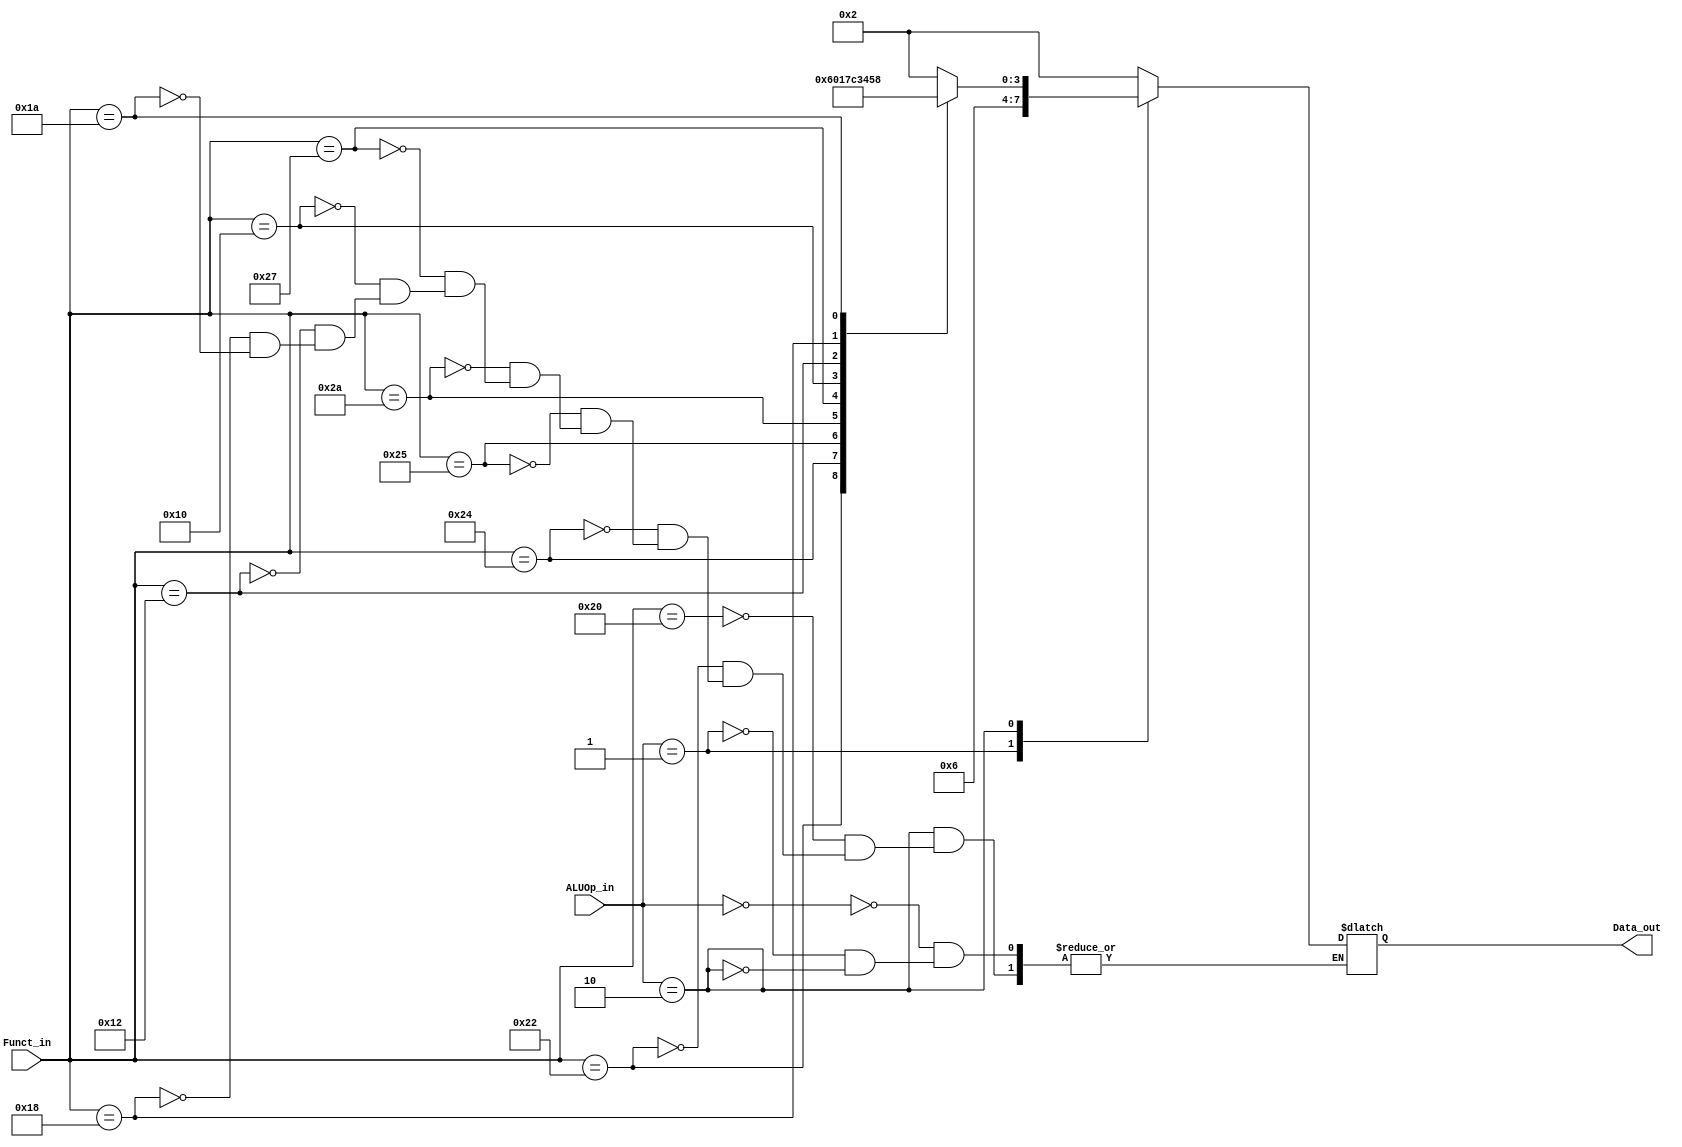
module ALUControl(ALUOp_in, Funct_in, Data_out);

input [1:0] ALUOp_in;
input [5:0] Funct_in;
output reg [3:0] Data_out;

always@(*) begin
  case(ALUOp_in)
    0: Data_out <= 4'h2; // ADD
    1: Data_out <= 4'h6; // SUB
    2: begin
         case(Funct_in)
            6'h20: Data_out <= 4'h2;  // ADD
            6'h22: Data_out <= 4'h6;  // SUB
            6'h24: Data_out <= 4'h0;  // AND
            6'h25: Data_out <= 4'h1;  // OR
            6'h2a: Data_out <= 4'h7;  // SLT
            6'h27: Data_out <= 4'hC;  // NOR
            6'h10: Data_out <= 4'h3;  // MFHI
            6'h12: Data_out <= 4'h4;  // MFLO
            6'h18: Data_out <= 4'h5;  // MULT
            6'h1a: Data_out <= 4'h8;  // DIV

            default: Data_out <= Data_out;
         endcase
       end
    default: Data_out <= Data_out;
  endcase
end

endmodule